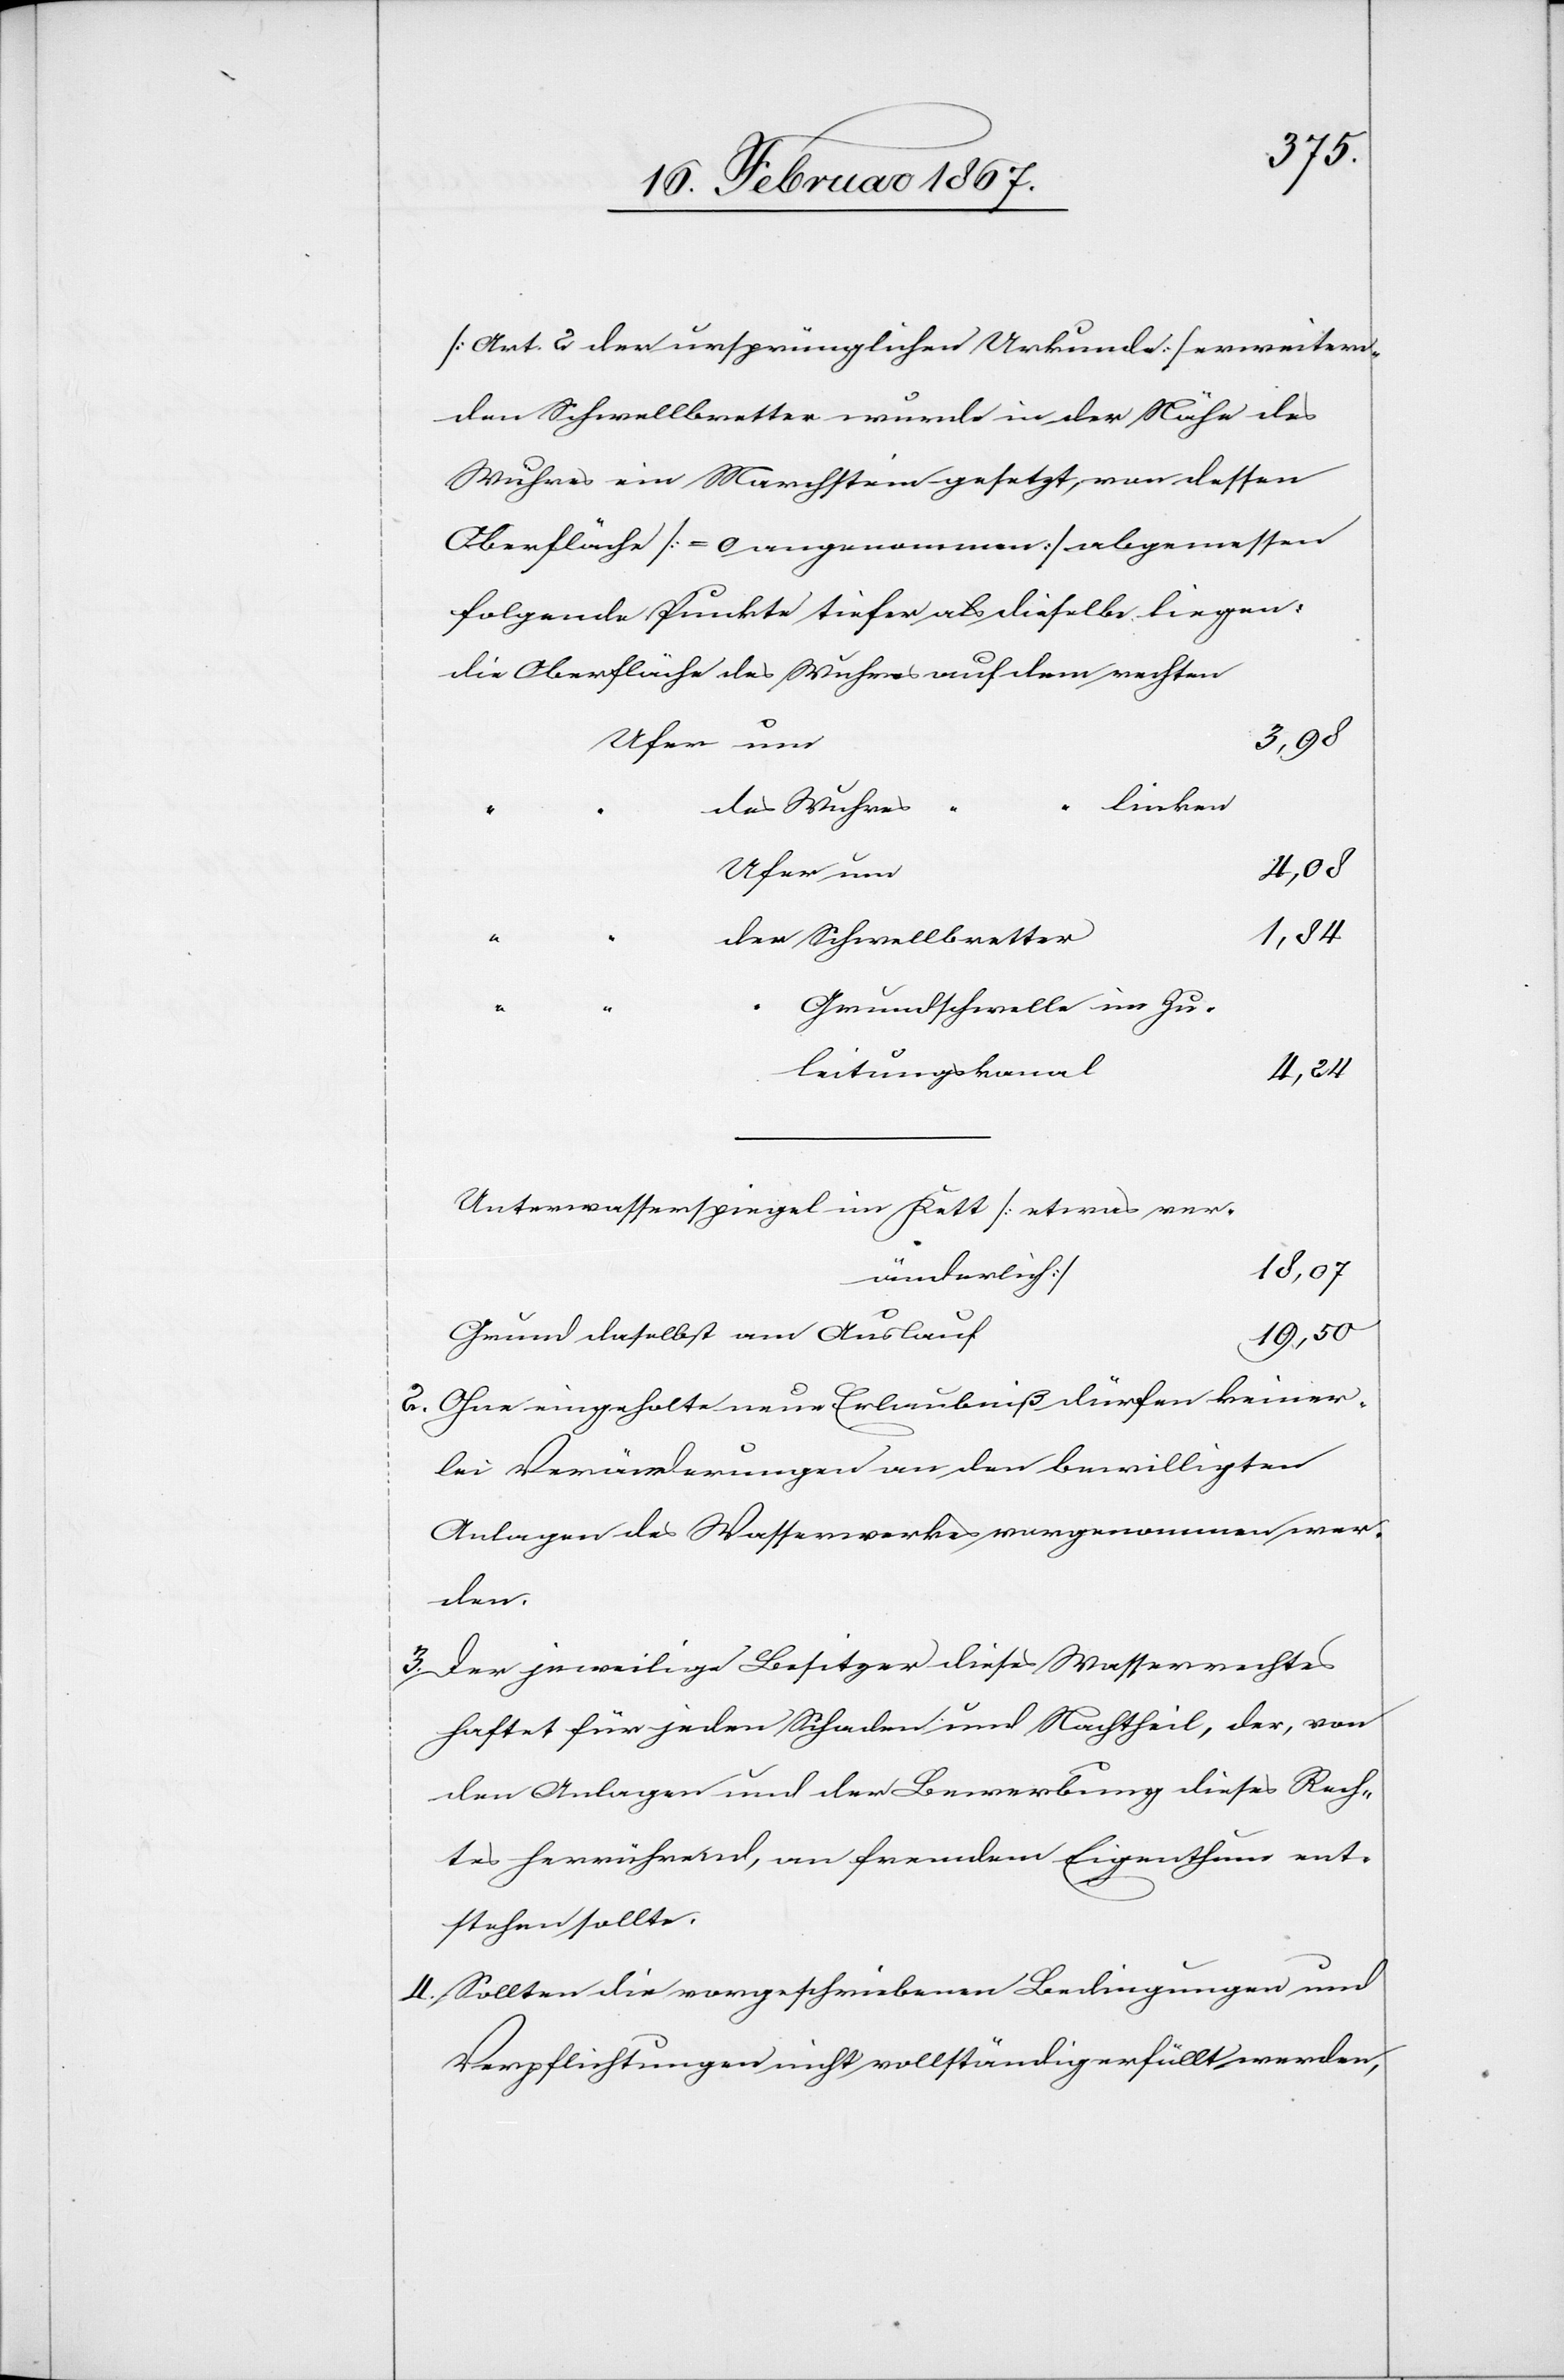
[Art. 2 der ursprünglichen Urkunde] erweitern¬
den Schwellbretter wurde in der Nähe des
Wuhres ein Marchstein gesetzt, von dessen
Oberfläche [ = 0 angenommen] abgemessen
folgende Punkte tiefer als dieselbe liegen:
die Oberfläche des Wuhres auf dem rechten
linken
des Wuhres “
“
Grundschwelle im Zu¬
leitungskana¬
l				4,24
Unterwasserspiegel im Kett [etwas
2.	 Ohne eingeholte neue Erlaubniß dürfen keiner¬
lei Veränderungen an den bewilligten
Anlagen des Wasserwerkes vorgenommen wer¬
den.
3. 	Der jeweilige Besitzer dieses Wasserrechtes
haftet für jeden Schaden und Nachtheil, der, von
den Anlagen und der Bewerbung dieses Rech¬
tes herrührend, an fremdem Eigenthum ent¬
stehen sollte.
4. 	Sollten die vorgeschriebenen Bedingungen und
Verpflichtungen nicht vollständig erfüllt werden,